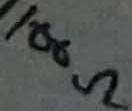
Text: 100Ω